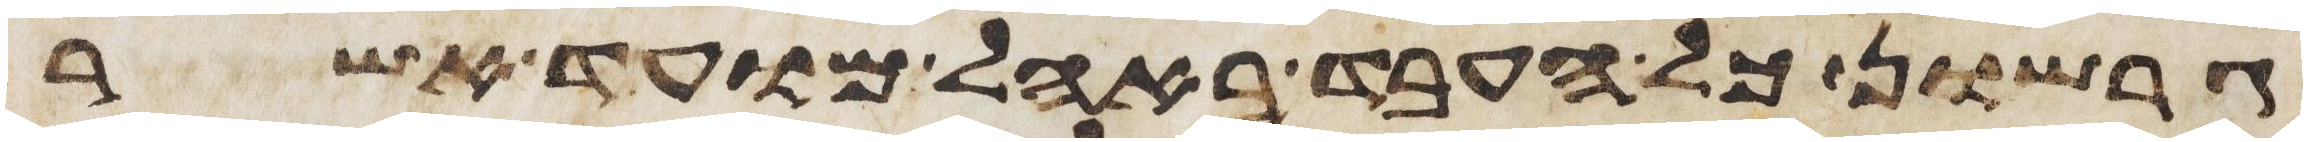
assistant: גרשון כל העבד באהל מועד אשר